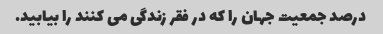
درصد جمعیت جهان را که در فقر زندگی می کنند را بیابید.